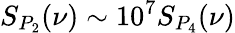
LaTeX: S_{P_{2}}(\nu)\sim 10^{7}S_{P_{4}}(\nu)